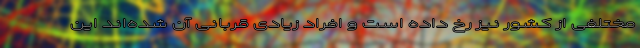
مختلفی از کشور نیز رخ داده است و افراد زیادی قربانی آن شده‌اند این